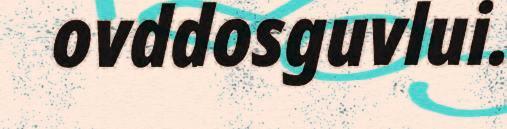
ovddosguvlui.